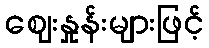
ဈေးနှုန်းများဖြင့်